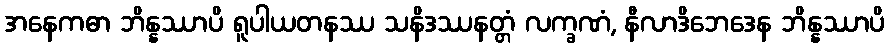
အနေကဓာ ဘိန္နဿာပိ ရူပါယတနဿ သနိဒဿနတ္တံ လက္ခဏံ, နီလာဒိဘေဒေန ဘိန္နဿာပိ